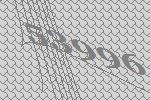
53996